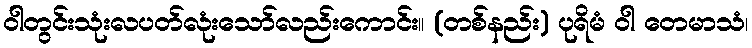
ဝါတွင်းသုံးလပတ်လုံးသော်လည်းကောင်း။ (တစ်နည်း) ပုရိမံ ဝါ တေမာသံ၊